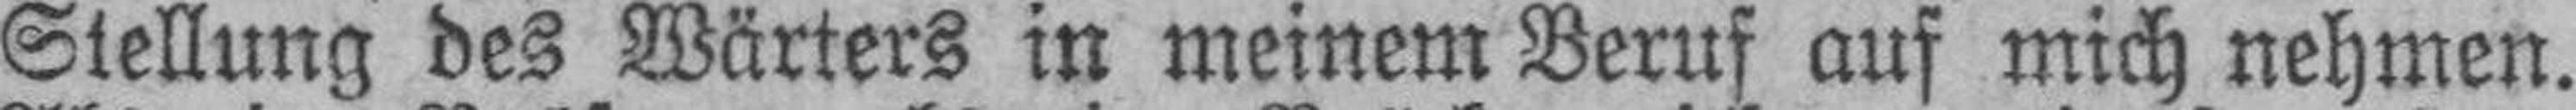
Stellung des Wärters in meinem Beruf auf mich nehmen.